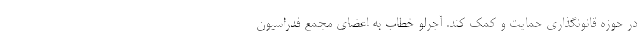
در حوزه قانونگذاری حمایت و کمک کند. آجرلو خطاب به اعضای مجمع فدراسیون